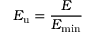
E _ { \mathrm { u } } = \frac { E } { E _ { \mathrm { m i n } } }